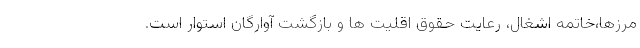
مرزها،خاتمه اشغال، رعایت حقوق اقلیت ها و بازگشت آوارگان استوار است.